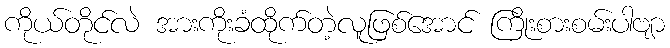
ကိုယ်တိုင်လဲ အားကိုးခံထိုက်တဲ့လူဖြစ်အောင် ကြိုးစားစမ်းပါဗျာ